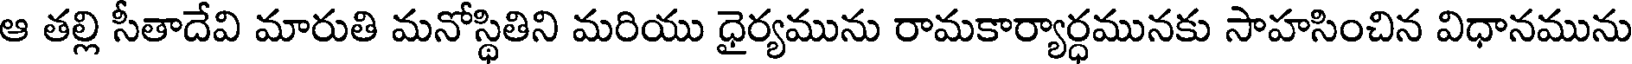
ఆ తల్లి సీతాదేవి మారుతి మనోస్థితిని మరియు ధైర్యమును రామకార్యార్ధమునకు సాహసించిన విధానమును